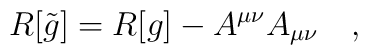
R[\tilde{g}]=R[g]-A^{\mu\nu}A_{\mu\nu}~~~,